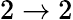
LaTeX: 2\to 2